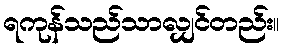
ရကုန်သည်သာလျှင်တည်း။